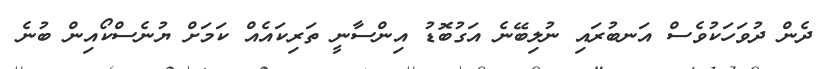
ދެން ދުވަހަކުވެސް އަނބުރައި ނުލިބޭނެ އަގުބޮޑު އިންސާނީ ތަރިކައެއް ކަމަށް ޔުނެސްކޯއިން ބުނެ